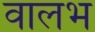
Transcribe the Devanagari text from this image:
वालभ